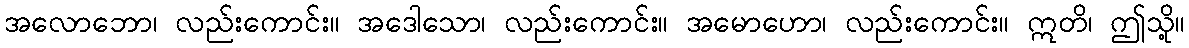
အလောဘော၊ လည်းကောင်း။ အဒေါသော၊ လည်းကောင်း။ အမောဟော၊ လည်းကောင်း။ ဣတိ၊ ဤသို့။